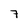
Character: 7